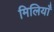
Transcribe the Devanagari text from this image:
मिलियाँ